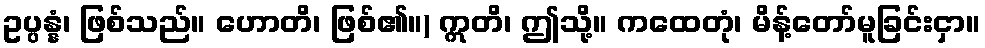
ဥပ္ပန္နံ၊ ဖြစ်သည်။ ဟောတိ၊ ဖြစ်၏။) ဣတိ၊ ဤသို့။ ကထေတုံ၊ မိန့်တော်မူခြင်းငှာ။